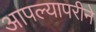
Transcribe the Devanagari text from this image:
आपल्यापरीने